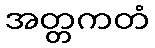
အတ္တကတံ